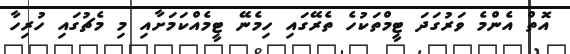
އޮތް އެންމެ ވަރުގަދަ ޓީމްތަކުހެ ތެރޭގައި ހިމެނޭ ޓީމެއްކަމަށާއި މި މެޗުގައި ހުރިހާ